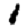
Digit: 1